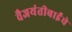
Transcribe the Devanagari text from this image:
वैजयंतीबाईंचे